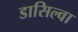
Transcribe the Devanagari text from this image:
डासिल्वा